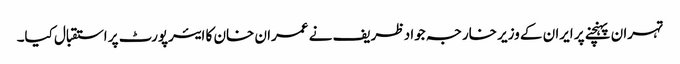
تہران پہنچنے پر ایران کے وزیر خارجہ جواد ظریف نے عمران خان کا ایئرپورٹ پر استقبال کیا۔